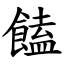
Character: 饁